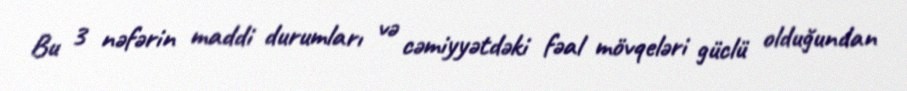
Bu 3 nəfərin maddi durumları və cəmiyyətdəki fəal mövqeləri güclü olduğundan